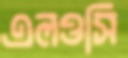
এলওসি